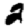
Digit: 2